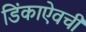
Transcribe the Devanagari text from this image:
डिंकाऐवची